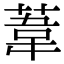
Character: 葦